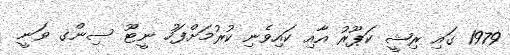
1979 ގައި ރިޝީ ކަޕޫރު އާއި ކައިވެނި ކުރުމަށްފަހު ނީޓޫ ސިންގ ވަނީ